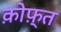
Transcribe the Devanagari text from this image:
क़ोफ़्त